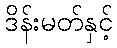
ဒိန်းမတ်နှင့်